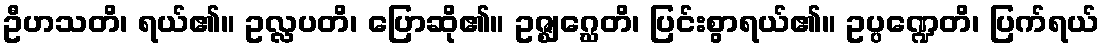
ဦဟသတိ၊ ရယ်၏။ ဥလ္လပတိ၊ ပြောဆို၏။ ဥဇ္ဈဂ္ဃေတိ၊ ပြင်းစွာရယ်၏။ ဥပ္ပဏ္ဍေတိ၊ ပြက်ရယ်